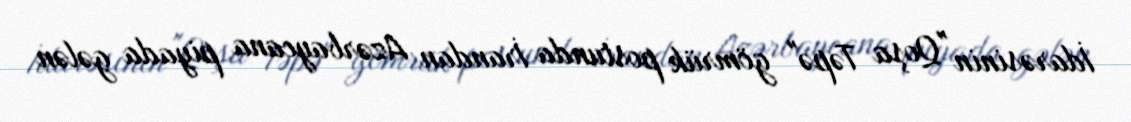
İdarəsinin "Qoşa Təpə" gömrük postunda İrandan Azərbaycana piyada gələn